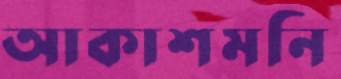
আকাশমনি